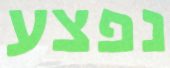
נפצע